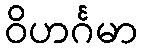
ဝိဟင်္ဂမာ